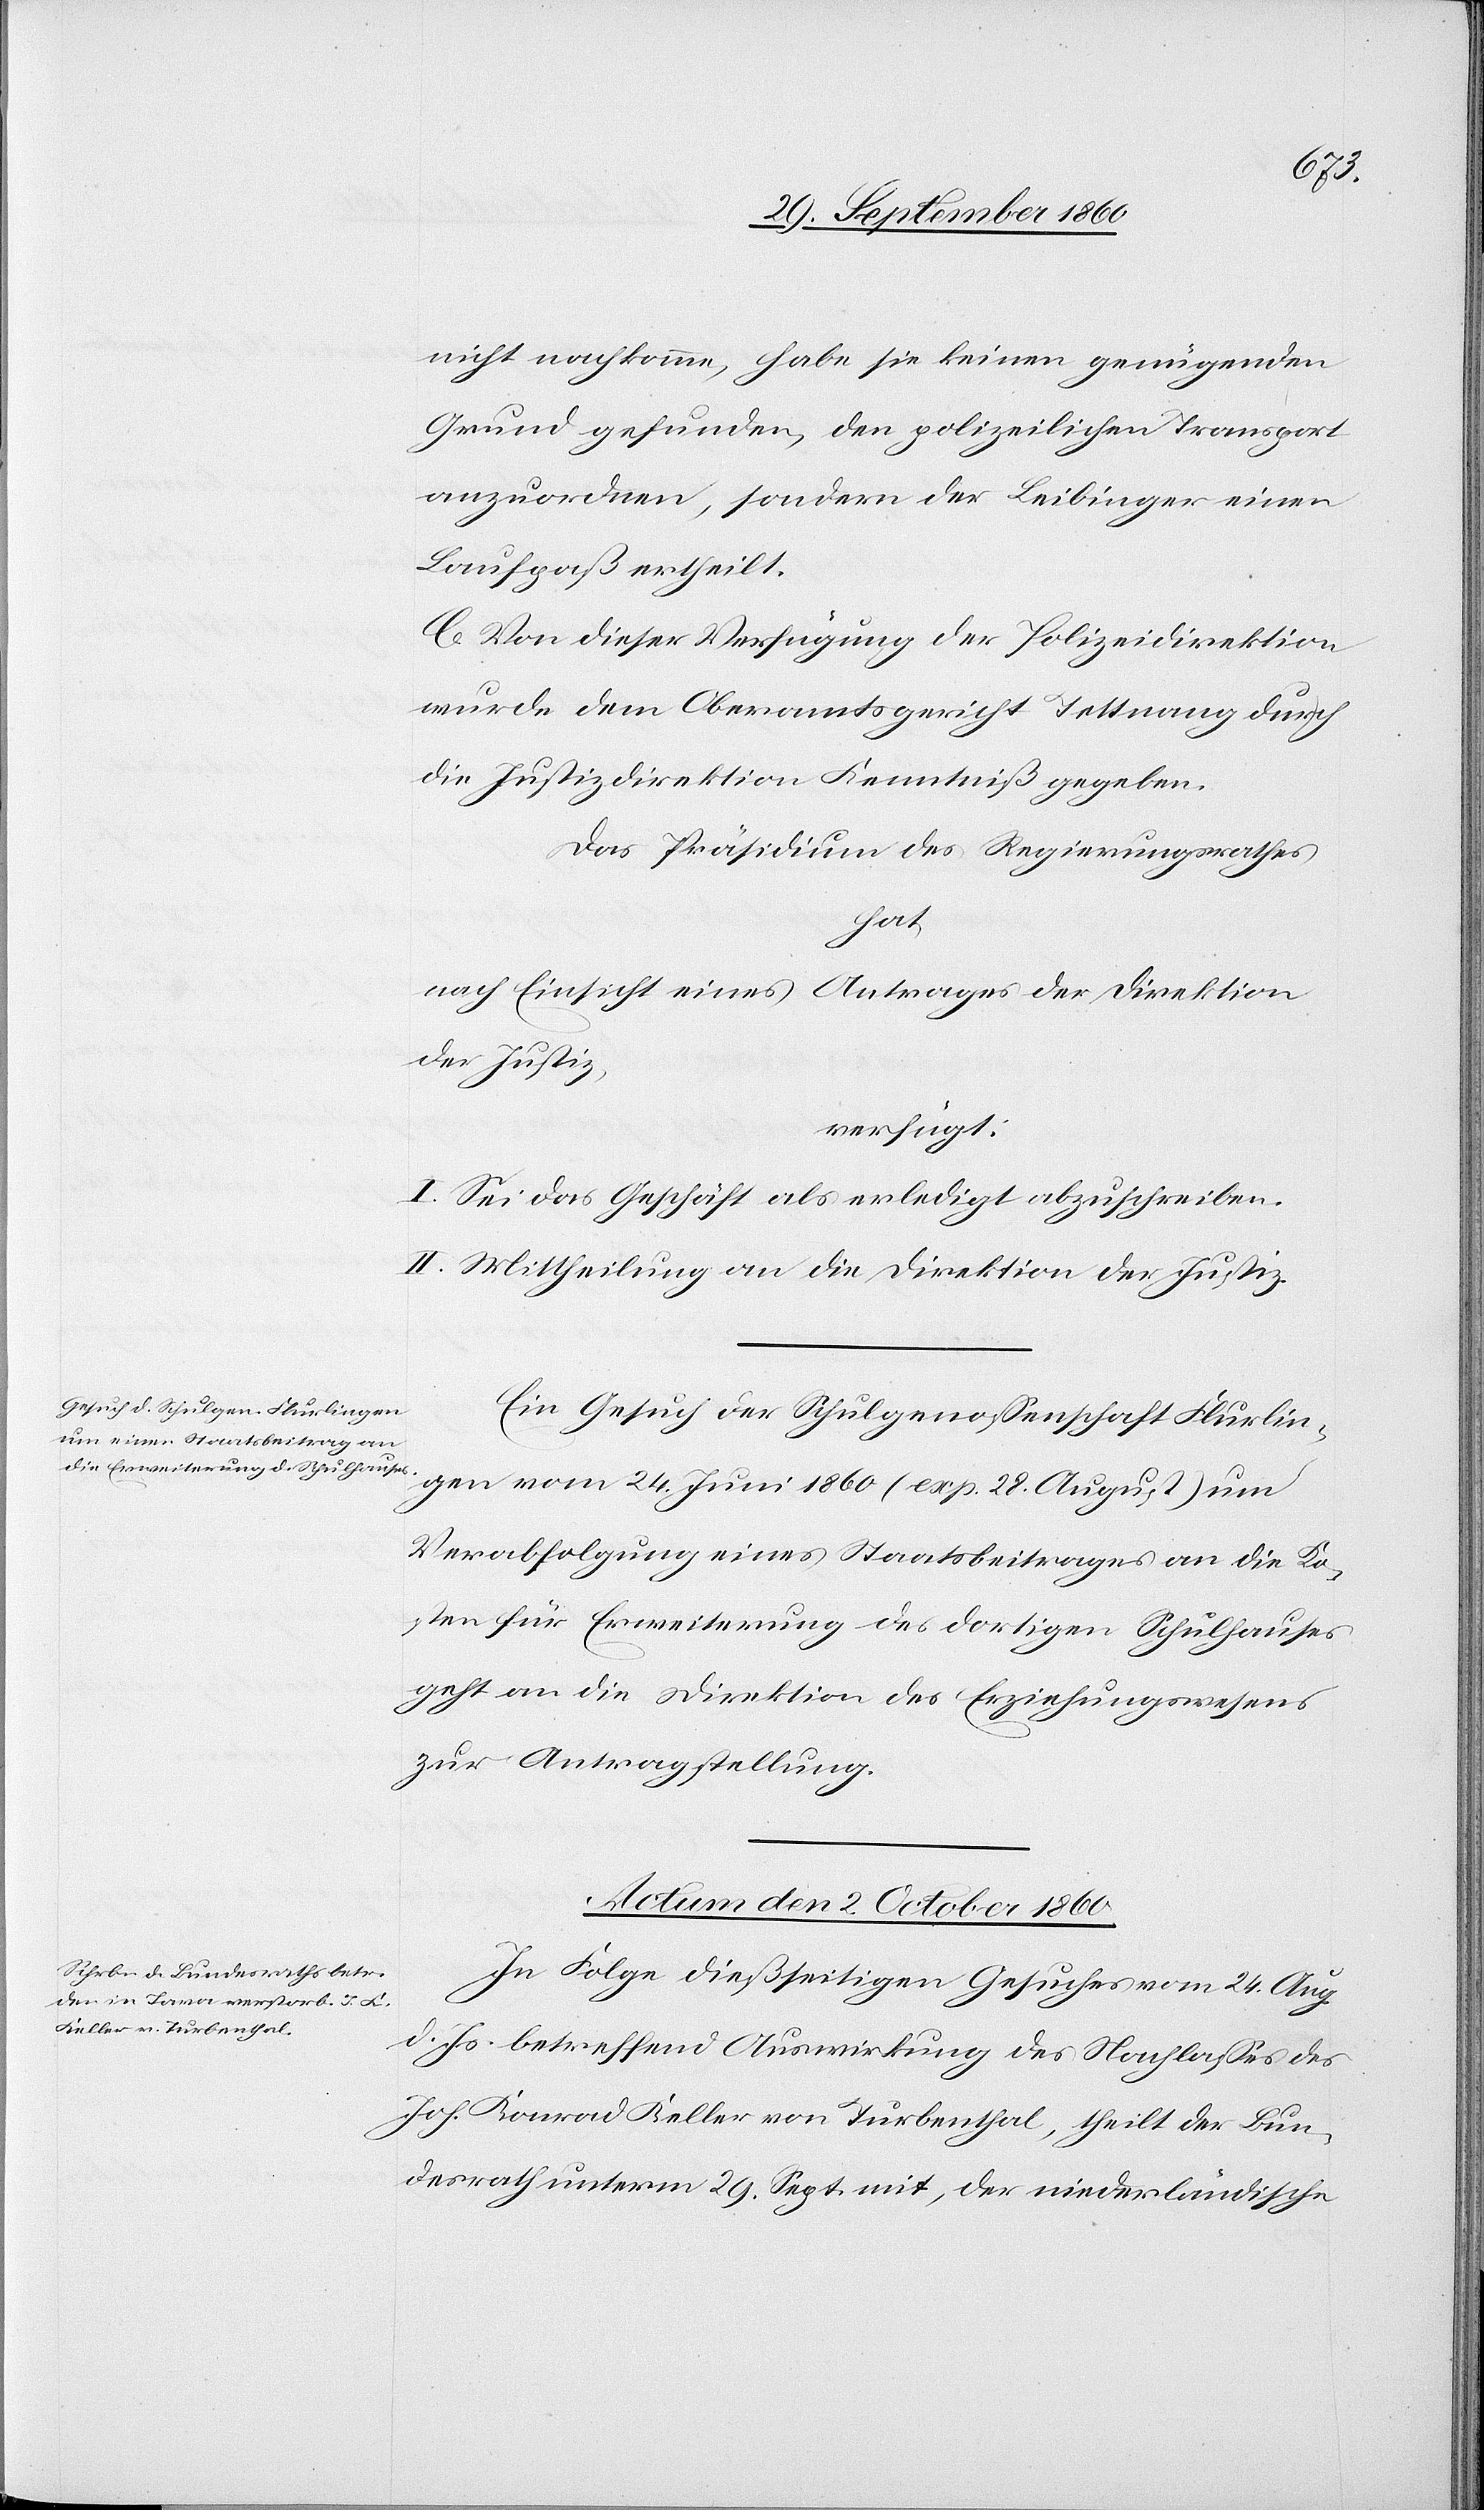
nicht nachkomme, habe sie keinen genügenden
Grund gefunden, den polizeilichen Transport
anzuordnen, sondern der Leibinger einen
Laufpaß ertheilt.
C. Von dieser Verfügung der Polizeidirektion
wurde dem Oberamtsgericht Tettnang durch
die Justizdirektion Kreisschreiben gegeben.
Das Präsidium des Regierungsrath
hat
nach Einsicht eines Antrages der Direktion
der Justiz,
verfügt:
I. Sei das Gesuch als erledigt abzuschreiben.
II. Mittheilung an die Direktion der Justiz.
Ein Gesuch der Schulgenossenschaft Flurlin¬
gen vom 24. Juni 1860 (exp. 28. August) um
Verabfolgung eines Staatsbeitrages an die Ko¬
sten für Erweiterung des dortigen Schulhauses
geht an die Direktion des Erziehungswesens
zur Antragstellung.
Actum den 2. October 1860.
In Folge dießseitigen Gesuches vom 24. Aug.
d. Js. betreffend Auswirkung des Nachlasses des
Joh. Konrad Keller von Turbenthal, theilt der Bun¬
desrath unterm 29. Sept. mit, der niederländische